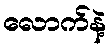
လောက်နဲ့